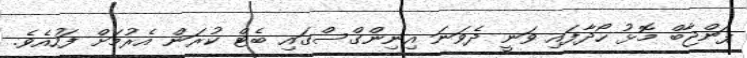
ޕަންޖާބް މޮޅު ހޯދާފައި ވަނީ ދެވަނަ އިނިންގްސްގައި ބެޓް ކުރަން އެރުމަށް ފަހުއެެވެ.